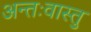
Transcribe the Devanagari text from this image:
अन्तःवास्तु